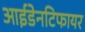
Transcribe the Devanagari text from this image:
आईडेनटिफायर